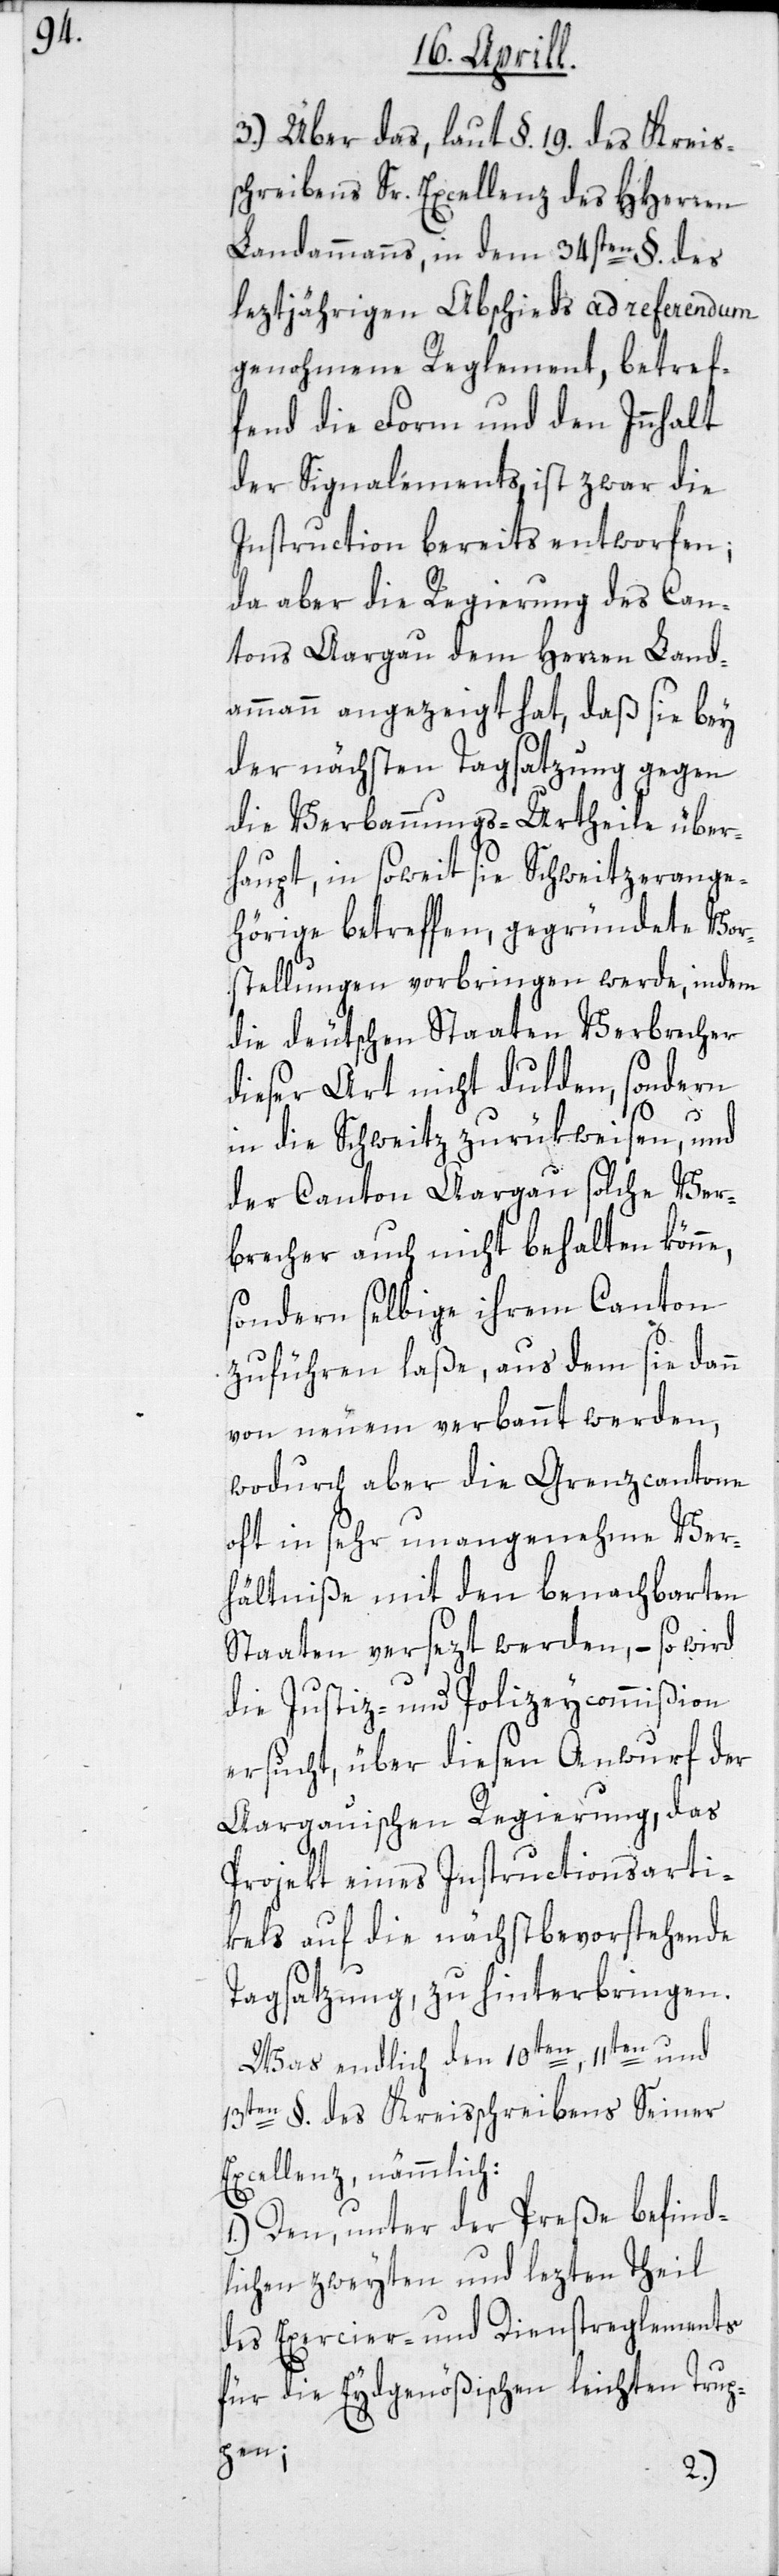
3.) Über das, laut §. 19. des Kreis¬
schreibens Sr. Excellenz des HHerren
Landammanns, in dem 34sten §. des
leztjährigen Abschieds ad referendum
genohmene Reglement, betref¬
fend die Form und den Innhalt
der Signalements, ist zwar die
Instruction bereits entworfen;
da aber die Regierung des Can¬
tons Aargau dem Herren Land¬
ammann angezeigt hat, daß sie bey
der nächsten Tagsatzung gegen
die Verbannungs-Urtheile über¬
haupt, in soweit sie Schweitzerange¬
hörige betreffen, gegründete Vor¬
stellungen vorbringen werde, indem
die deutschen Staaten Verbrecher
dieser Art nicht dulden, sondern
in die Schweitz zurükweisen, und
der Canton Aargau solche Ver¬
brecher auch nicht behalten könne,
sondern selbige ihrem Canton
zuführen lasse, aus dem sie dann
von Neuem verbannt werden,
wodurch aber die Grenzcantone
oft in sehr unangenehme Ver¬
hältniße mit den benachbarten
Staaten versetzt werden, – so wird
die Justiz- und Polizeycommißion
ersucht, über diesen Anwurf der
Aargauischen Regierung, das
Projekt eines Instructionsarti¬
kels auf die nächstbevorstehende
Tagsatzung, zu hinterbringen.
Was endlich den 10ten, 11ten und
13ten §. des Kreisschreibens Seiner
Excellenz, nämmlich:
1.) Den, unter der Preße befind¬
lichen zweyten und lezten Theil
des Exercier- und Dienstreglements
für die Eydgenößischen leichten Trup¬
pen;